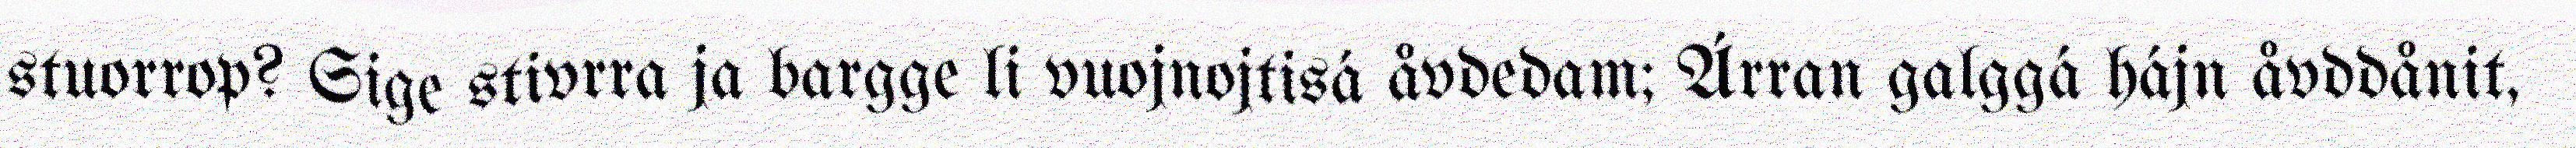
stuorrop? Sige stivrra ja bargge li vuojnojtisá åvdedam; Árran galggá hájn åvddånit,